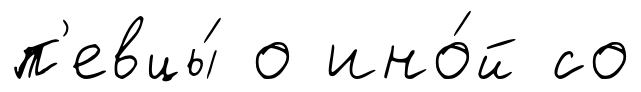
п'евцы́ о ино́й со